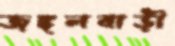
জঙ্গলবাড়ী